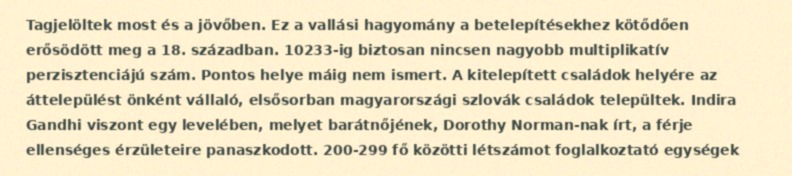
Tagjelöltek most és a jövőben. Ez a vallási hagyomány a betelepítésekhez kötődően erősödött meg a 18. században. 10233-ig biztosan nincsen nagyobb multiplikatív perzisztenciájú szám. Pontos helye máig nem ismert. A kitelepített családok helyére az áttelepülést önként vállaló, elsősorban magyarországi szlovák családok települtek. Indira Gandhi viszont egy levelében, melyet barátnőjének, Dorothy Norman-nak írt, a férje ellenséges érzületeire panaszkodott. 200-299 fő közötti létszámot foglalkoztató egységek